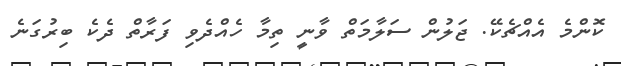
ކޮންމެ އެއްޗެކޭ. ޖަލުން ސަލާމަތް ވާނީ ތިމާ ހެއްދެވި ފަރާތް ދެކެ ބިރުގަނެ